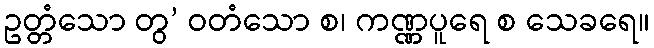
ဥတ္တံသော တွ’ ဝတံသော စ၊ ကဏ္ဏပူရေ စ သေခရေ။